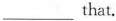
___ that.